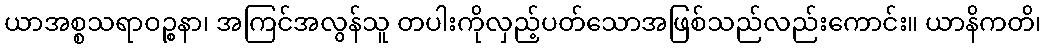
ယာအစ္စသရာဝဉ္စနာ၊ အကြင်အလွန်သူ တပါးကိုလှည့်ပတ်သောအဖြစ်သည်လည်းကောင်း။ ယာနိကတိ၊